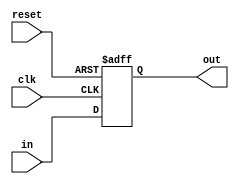
module ProgramCounter(clk, reset, in, out);

	input clk, reset;
	input [7:0] in;
	output reg [7:0] out;
	
	initial out = 8'd0;
	
	always @(posedge clk or posedge reset) begin
		
		if (reset) begin
			out <= 8'd0;
		end
		else begin
			out <= in; //out + 4;
		end
			
	end

endmodule